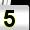
Digit: 5